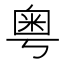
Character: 粤